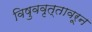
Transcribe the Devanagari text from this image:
विषुववृत्तावरून